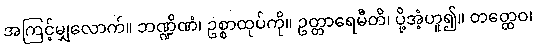
အကြင့်မျှလောက်။ ဘဏ္ဍိဏံ၊ ဥစ္စာထုပ်ကို။ ဥတ္တာရေမီတိ၊ ပို့အံ့ဟူ၍။ တတ္ထေဝ၊